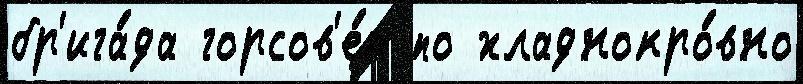
бр'ига́да горсов'е́т по хладнокро́вно